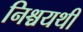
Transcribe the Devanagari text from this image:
निश्चयथी